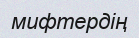
мифтердің